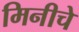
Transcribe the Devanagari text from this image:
मिनीचे